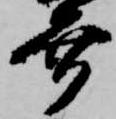
幸